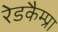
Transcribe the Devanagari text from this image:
रेडकैम्प्रा